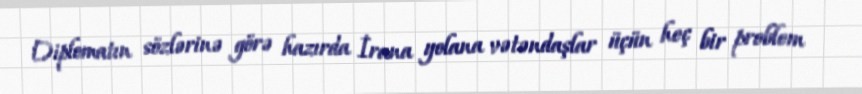
Diplomatın sözlərinə görə hazırda İrana yolana vətəndaşlar üçün heç bir problem